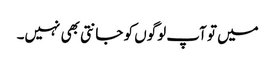
میں تو آپ لوگوں کو جانتی بھی نہیں۔